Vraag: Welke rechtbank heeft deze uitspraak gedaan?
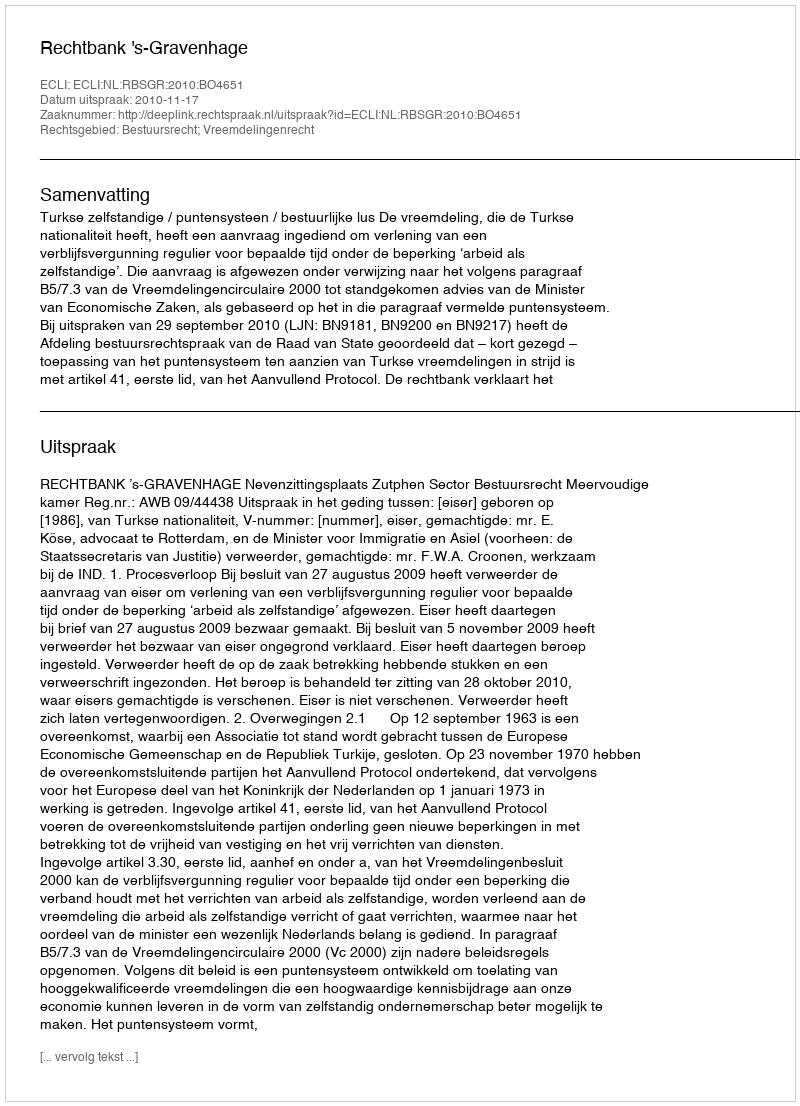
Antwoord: Rechtbank 's-Gravenhage